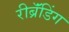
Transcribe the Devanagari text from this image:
रीब्रॅंडिंग